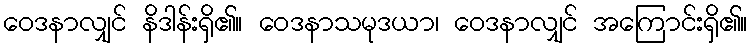
ဝေဒနာလျှင် နိဒါန်းရှိ၏။ ဝေဒနာသမုဒယာ၊ ဝေဒနာလျှင် အကြောင်းရှိ၏။